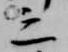
之